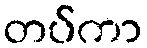
တပ်ကာ